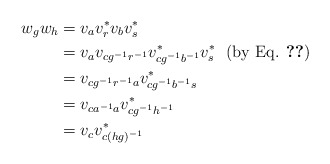
\begin{align*}w_{g}w_{h}&= v_{a}v_{r}^{*}v_{b}v_{s}^{*} \\ &=v_{a}v_{cg^{-1}r^{-1}}v_{cg^{-1}b^{-1}}^{*}v_{s}^{*} ~~(\textrm{by Eq. \ref{isometries}}) \\ &=v_{cg^{-1}r^{-1}a}v_{cg^{-1}b^{-1}s}^{*} \\ &=v_{ca^{-1}a}v_{cg^{-1}h^{-1}}^{*} \\ &=v_{c}v_{c(hg)^{-1}}^{*}\end{align*}